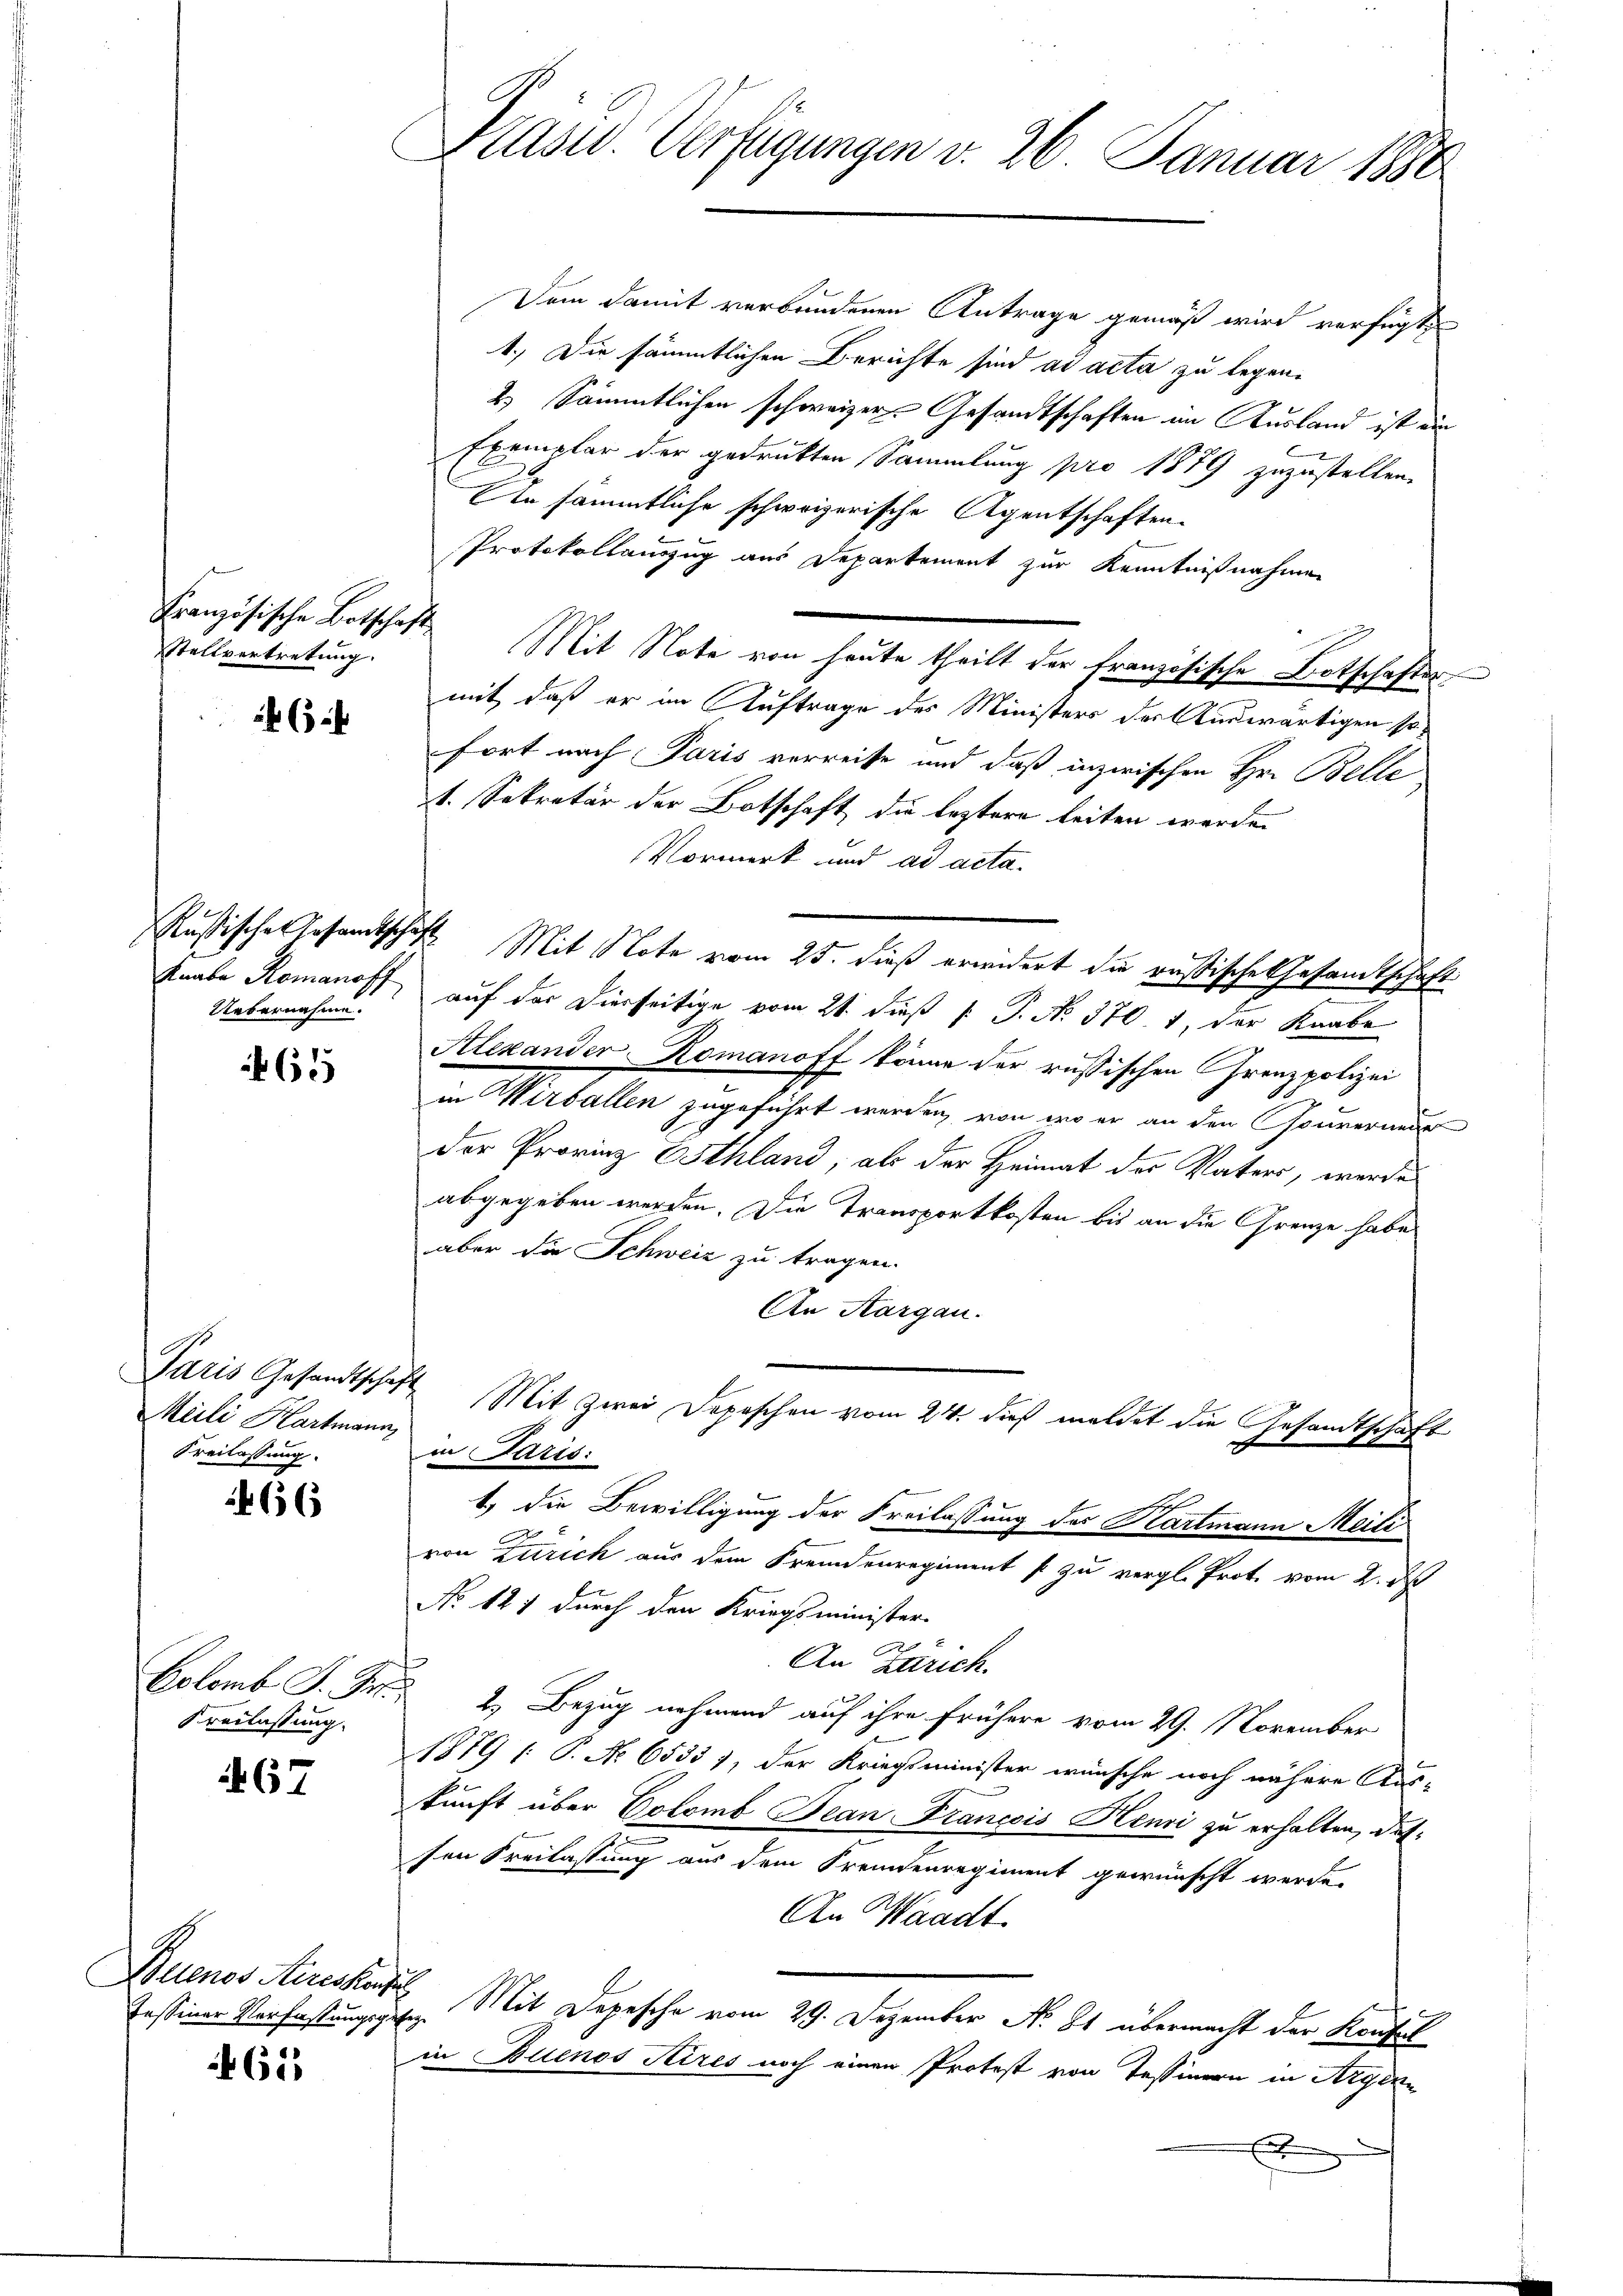
Französische Botschaft
Stellvertretung.

f 6 x

Uebernahme.

615

Paris Gesandtschaft
Meili Kartmann,
Freilassung.

66

Colemb. J. J.
veilassung.

467

Buenos Aireskonze
Tessiner Verfassungsgel

61

Präsid. Verfügungen v. 26. Januar 1880

Dem Damit verbundenen Antrage gemäß wird verfügt
1.) Die sämmtlichen Berichte sind ad acta zu legen-
2.) Sämmtlichen schweizer Gesandtschaften im Ausland ist ein
Exemplar der gedrukten Sammlung pro 1879 zuzustellen.
An sämmtliche schweizerische Agentschaften.
Protokollauszug aus Departement zur Kenntnißnahmen
Mit Note von heute theilt der französische Botschafter
mit, daß er im Auftrage des Ministers der Auswärtigen sofort nach Paris verreise und daß inzwischen Hr. Belle
1. Sekretär der Botschaft die leztere leiten werden
Vormerk und ad acta.
Russische Gesamtschaft Mit Note vom 25. dieß erwidert die russische Gesandtschaft
Knabe Romanoff, auf der Dierseitige vom 21. dieß P. P. No. 370. 1, der Knabe
Alexander-Romanoff könne der russischen Grenzpolizei
in Werballen zugeführt werden, von wo er an den Gouvernu
der Provinz Eschland, als der Heimat der Vater, werde
abgegeben werden. Die Transportkosten bis an die Grenze habe
aber die Schweiz zu tragen.
An Kargau.
Mit Zwei Depeschon vom 24. dieß meldet die Gesandtschaft
x
in Paris:
t) die Bewilligung der Freilassung des Hartmann Meili
von Zürich aus dem Fremdenregiment s zu vergl. Prot. vom 2. d
b
No 127 durch den Kriegsminister-
An Zürich.
2.) Bezug nehmend auf ihre frühere vom 29. November
1879 ( P. No 6533 1, der Kriegsminister wünsche noch nähere Aus-
kunft über Colomb Bean Francois Henri zu erhalten, das
sen Freilassung aus dem Fremdenregiment gewünscht werde.
An Waadt
 Mit Depesche vom 29. Dezember No. 81 übermacht der Konsul
in Buenos Aires noch einen Protest von Tessinern in Argen
E